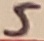
Text: 5